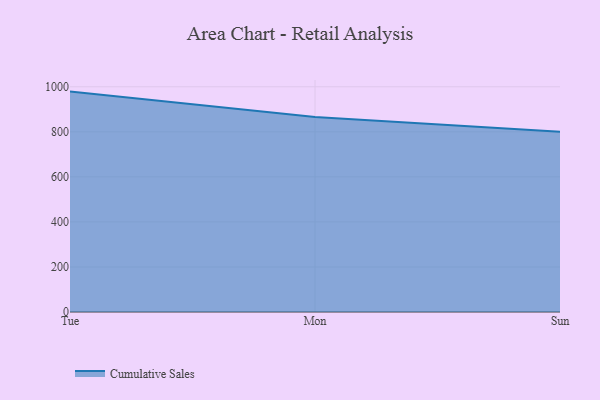
{"axis": {"x": "Day", "y": "Backlog"}, "legend": ["Cumulative Sales"], "data": [{"x": "Tue", "y": 978.6, "type": "Cumulative Sales"}, {"x": "Mon", "y": 866.0, "type": "Cumulative Sales"}, {"x": "Sun", "y": 800, "type": "Cumulative Sales"}]}